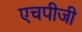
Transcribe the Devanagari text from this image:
एचपीजी